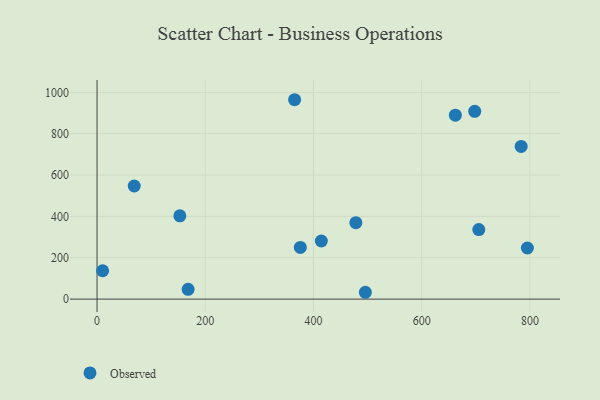
{"axis": {"x": "Speed", "y": "Rating"}, "legend": ["Observed"], "data": [{"x": "795.3", "y": 247.3, "type": "Observed"}, {"x": "414.5", "y": 281.1, "type": "Observed"}, {"x": "698.0", "y": 908.0, "type": "Observed"}, {"x": "68.7", "y": 546.9, "type": "Observed"}, {"x": "168.3", "y": 47.5, "type": "Observed"}, {"x": "153.0", "y": 402.7, "type": "Observed"}, {"x": "783.8", "y": 738.3, "type": "Observed"}, {"x": "705.5", "y": 336.4, "type": "Observed"}, {"x": "495.9", "y": 33.1, "type": "Observed"}, {"x": "478.3", "y": 369.8, "type": "Observed"}, {"x": "662.2", "y": 889.7, "type": "Observed"}, {"x": "375.7", "y": 250.0, "type": "Observed"}, {"x": "10.3", "y": 137.1, "type": "Observed"}, {"x": "365.1", "y": 964.2, "type": "Observed"}]}